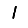
Digit: 1